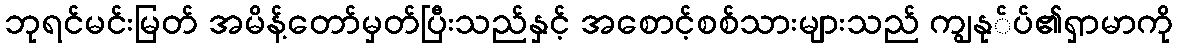
ဘုရင်မင်းမြတ် အမိန့်တော်မှတ်ပြီးသည်နှင့် အစောင့်စစ်သားများသည် ကျွနု်ပ်၏ရှာမာကို